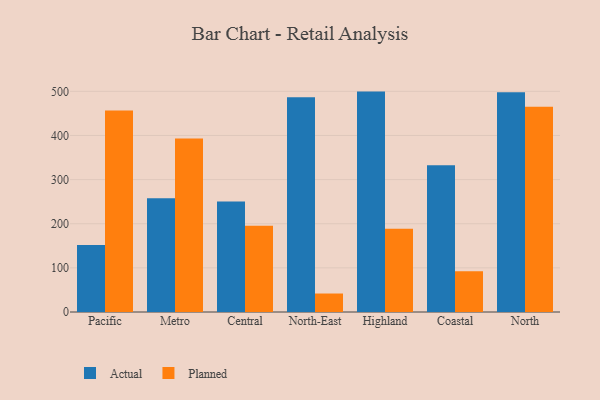
{"axis": {"x": "Region", "y": "Bounce Rate (%)"}, "legend": ["Actual", "Planned"], "data": [{"x": "Pacific", "y": 151.6, "type": "Actual"}, {"x": "Pacific", "y": 456.4, "type": "Planned"}, {"x": "Metro", "y": 257.8, "type": "Actual"}, {"x": "Metro", "y": 393.4, "type": "Planned"}, {"x": "Central", "y": 250.2, "type": "Actual"}, {"x": "Central", "y": 195.3, "type": "Planned"}, {"x": "North-East", "y": 486.6, "type": "Actual"}, {"x": "North-East", "y": 41.9, "type": "Planned"}, {"x": "Highland", "y": 499.4, "type": "Actual"}, {"x": "Highland", "y": 188.6, "type": "Planned"}, {"x": "Coastal", "y": 332.7, "type": "Actual"}, {"x": "Coastal", "y": 92.1, "type": "Planned"}, {"x": "North", "y": 497.7, "type": "Actual"}, {"x": "North", "y": 464.9, "type": "Planned"}]}